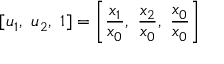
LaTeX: [ u _ { 1 } , \ u _ { 2 } , \ 1 ] = \left[ { \frac { x _ { 1 } } { x _ { 0 } } } , \ { \frac { x _ { 2 } } { x _ { 0 } } } , \ { \frac { x _ { 0 } } { x _ { 0 } } } \right]